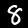
Label: 8